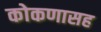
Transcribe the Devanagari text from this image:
कोकणासह